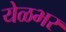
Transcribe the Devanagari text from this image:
येळभर